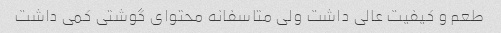
طعم و کیفیت عالی داشت ولی متاسفانه محتوای گوشتی کمی داشت